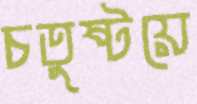
চতুষ্টয়ে